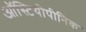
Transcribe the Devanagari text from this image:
ऑस्टियोपीनिक